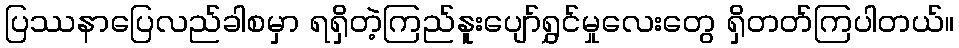
ပြဿနာပြေလည်ခါစမှာ ရရှိတဲ့ကြည်နူးပျော်ရွှင်မှုလေးတွေ ရှိတတ်ကြပါတယ်။